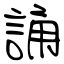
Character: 誦